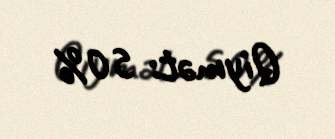
Qiymət: 50%